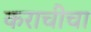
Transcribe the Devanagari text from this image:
कराचीचा